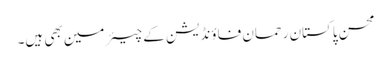
محسن پاکستان رحمان فاؤنڈیشن کے چیئرمین بھی ہیں۔